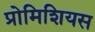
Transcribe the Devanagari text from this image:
प्रोमिशियस